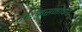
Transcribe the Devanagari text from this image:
रसकुसमाकर